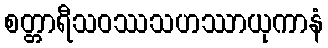
စတ္တာရီသဝဿသဟဿာယုကာနံ